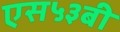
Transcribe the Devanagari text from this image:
एस५३बी